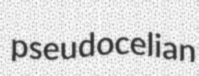
pseudocelian